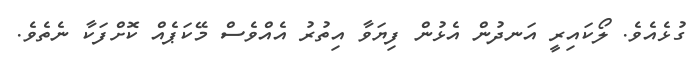
ގުޅެއެވެ. ލޯކައިރީ އަނދުން އެޅުން ފިޔަވާ އިތުރު އެއްވެސް މޭކަޕެއް ކޮށްފަކާ ނެތެވެ.